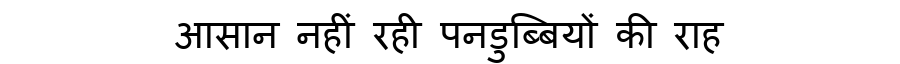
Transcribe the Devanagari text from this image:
आसान नहीं रही पनडुब्बियों की राह